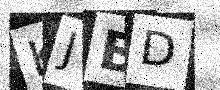
Text: KJBD